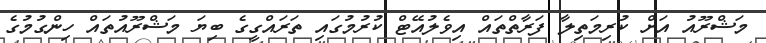
މަޝްރޫއު އަށް ކުރިމަތިލާ ފަރާތްތައް އިވެލުއޭޓް ކުރުމުގައި ތަރައްގީގެ ބިޔަ މަޝްރޫއުތައް ހިންގުމުގެ